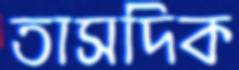
তাসদিক